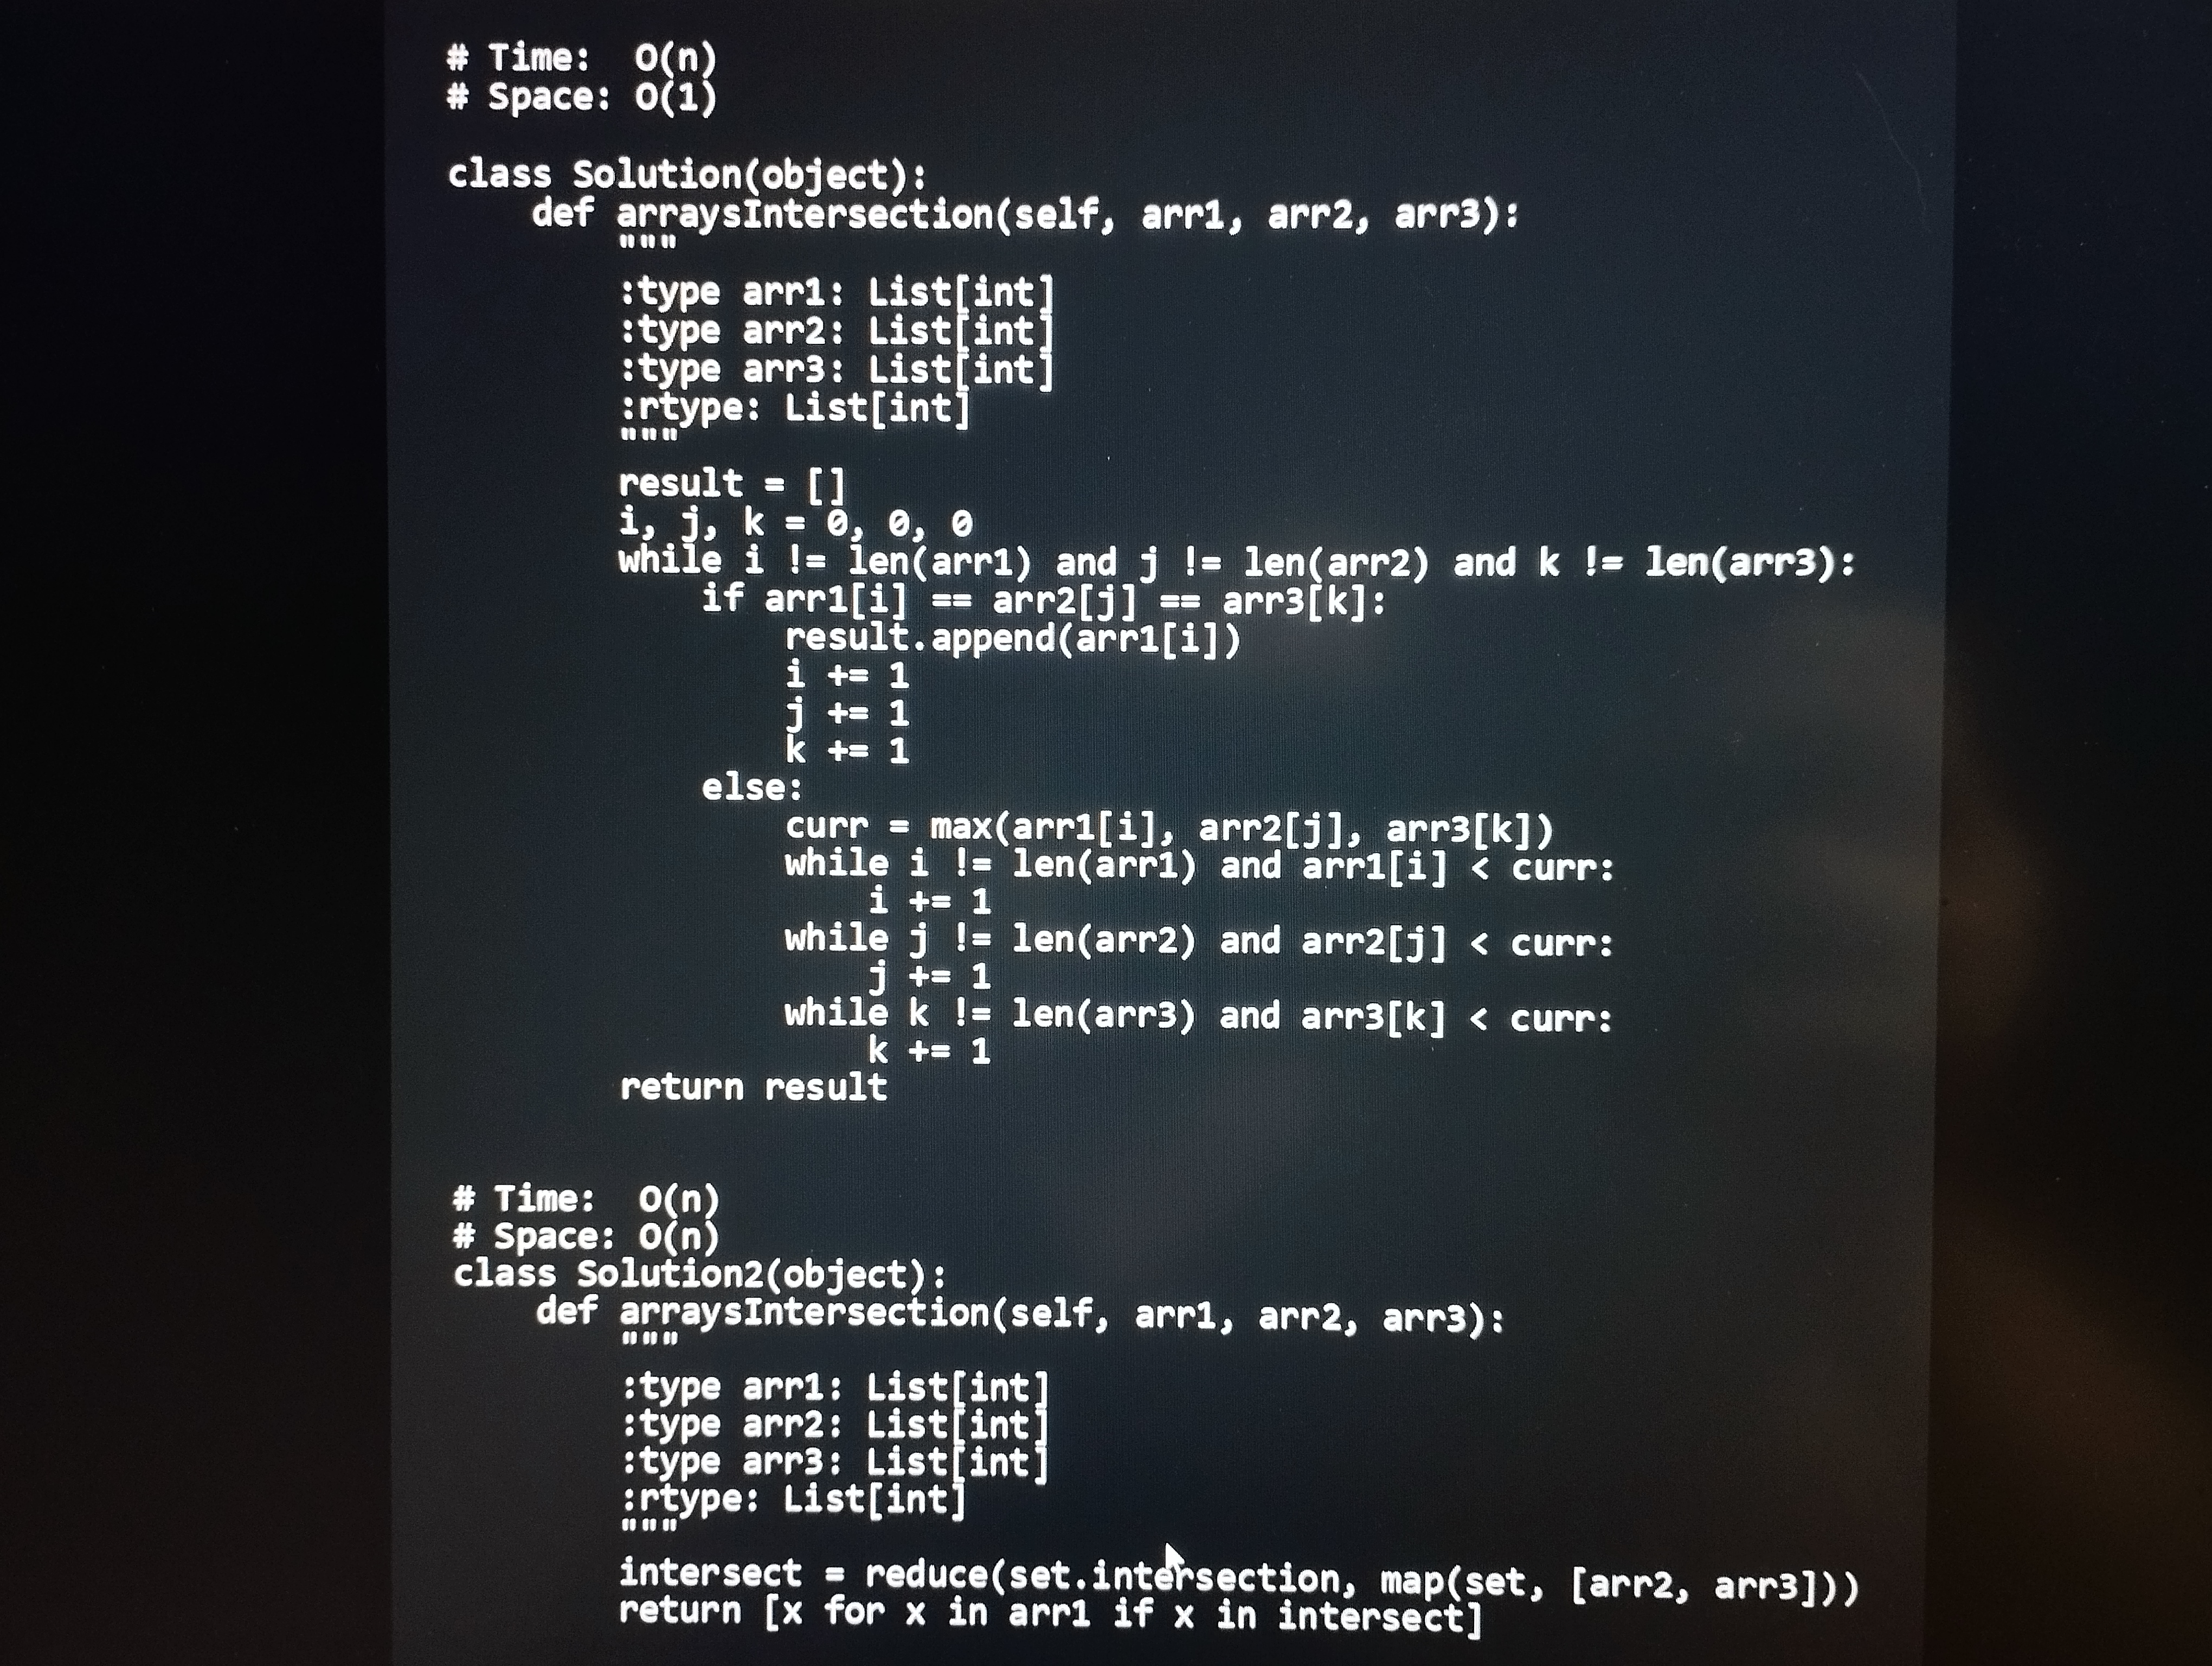
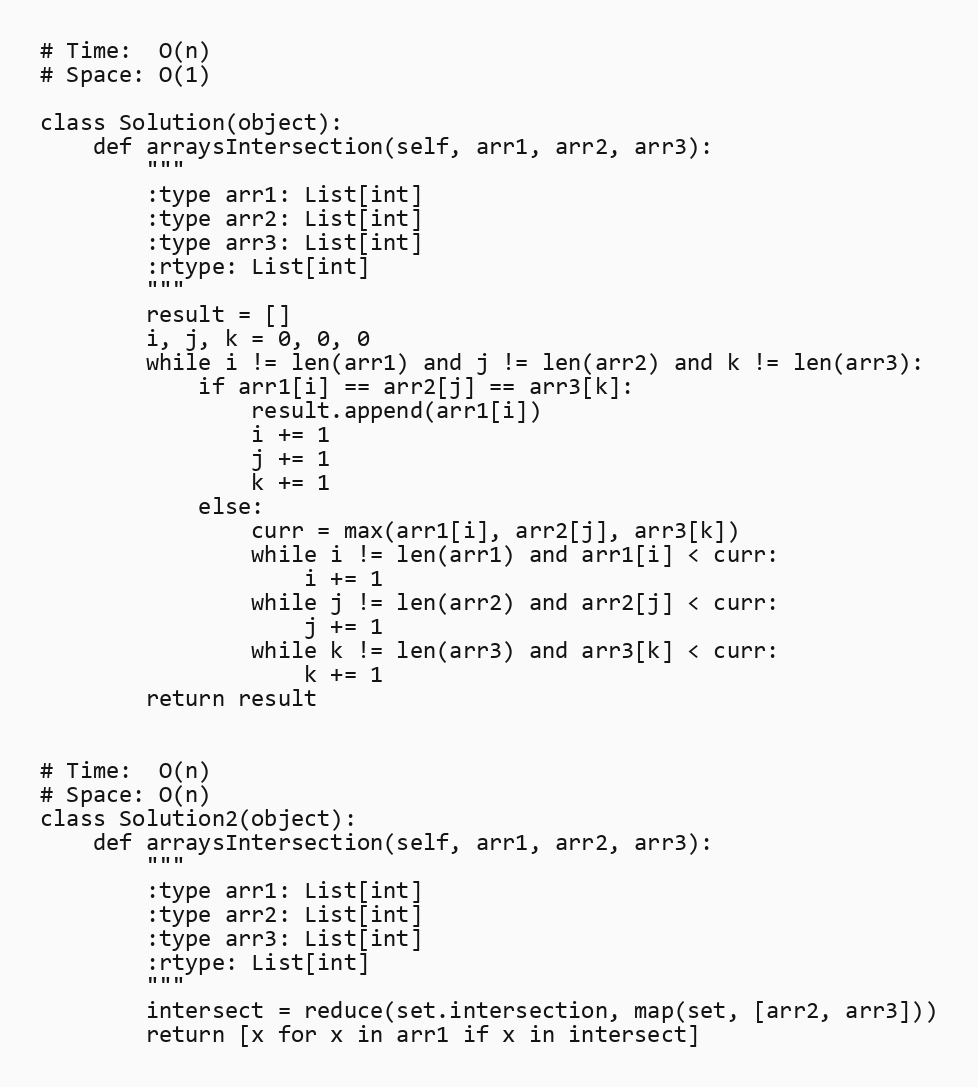
# Time:  O(n)
# Space: O(1)

class Solution(object):
    def arraysIntersection(self, arr1, arr2, arr3):
        """
        :type arr1: List[int]
        :type arr2: List[int]
        :type arr3: List[int]
        :rtype: List[int]
        """
        result = []
        i, j, k = 0, 0, 0
        while i != len(arr1) and j != len(arr2) and k != len(arr3):
            if arr1[i] == arr2[j] == arr3[k]:
                result.append(arr1[i])
                i += 1
                j += 1
                k += 1
            else:
                curr = max(arr1[i], arr2[j], arr3[k])
                while i != len(arr1) and arr1[i] < curr:
                    i += 1
                while j != len(arr2) and arr2[j] < curr:
                    j += 1
                while k != len(arr3) and arr3[k] < curr:
                    k += 1
        return result

# Time:  O(n)
# Space: O(n)
class Solution2(object):
    def arraysIntersection(self, arr1, arr2, arr3):
        """
        :type arr1: List[int]
        :type arr2: List[int]
        :type arr3: List[int]
        :rtype: List[int]
        """
        intersect = reduce(set.intersection, map(set, [arr2, arr3]))
        return [x for x in arr1 if x in intersect]